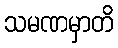
သမဏမှာတိ